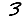
Digit: 3